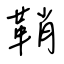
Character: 鞘